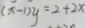
( x - 1 ) y = 2 + 2 x